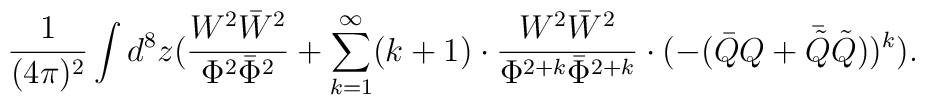
\frac{1}{(4\pi)^{2}}\int d^8z(\frac{W^2\bar{W}^2}{\Phi^2\bar{\Phi}^2} +\sum_{k=1}^{\infty}(k+1)\cdot\frac{W^2\bar{W}^2}{\Phi^{2+k}\bar{\Phi}^{2+k}}\cdot(-(\bar{Q}Q+\bar{\tilde{Q}}\tilde{Q}))^{k}).